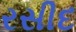
રસીદ